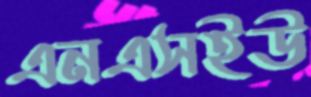
এনএসইউ